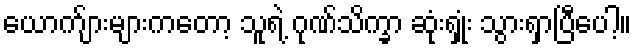
ယောက်ျားများကတော့ သူရဲ့ ဂုဏ်သိက္ခာ ဆုံးရှုံး သွားရှာပြီပေါ့။